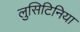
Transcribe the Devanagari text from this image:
लुसिटिनिया